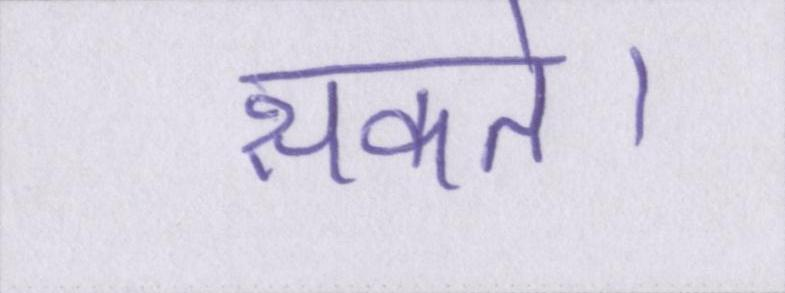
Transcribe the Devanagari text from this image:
सकते।